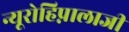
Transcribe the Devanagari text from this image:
न्यूरोहिप्नालाजी